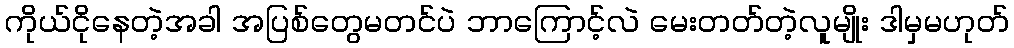
ကိုယ်ငိုနေတဲ့အခါ အပြစ်တွေမတင်ပဲ ဘာကြောင့်လဲ မေးတတ်တဲ့လူမျိုး ဒါမှမဟုတ်